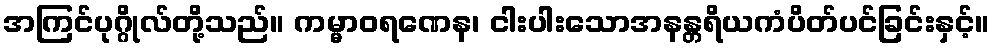
အကြင်ပုဂ္ဂိုလ်တို့သည်။ ကမ္မာဝရဏေန၊ ငါးပါးသောအနန္တရိယကံပိတ်ပင်ခြင်းနှင့်။